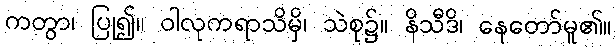
ကတွာ၊ ပြု၍။ ဝါလုကရာသိမှိ၊ သဲစု၌။ နိသီဒိ၊ နေတော်မူ၏။